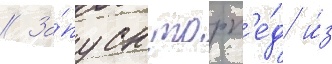
// За́пуск торп'е́д и́з